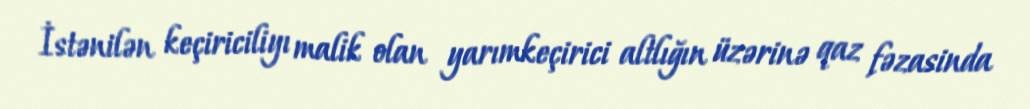
İstənilən keçiriciliyı malik olan yarımkeçirici altlığın üzərinə qaz fəzasinda